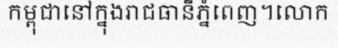
កម្ពុជានៅក្នុងរាជធានីភ្នំពេញ។លោក